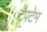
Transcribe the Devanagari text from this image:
टेपटेम